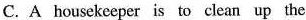
C.A housekeeper is to clean up the